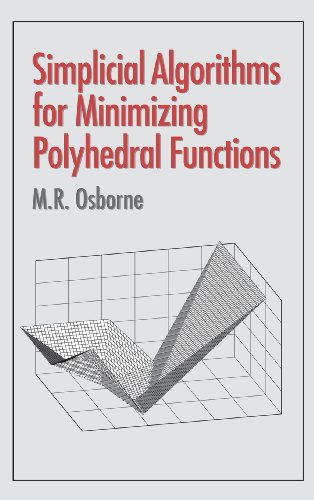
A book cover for Simplicial Algorithms for Minimizing Polyhedral Functions; M. R. Osborne; Computers & Technology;